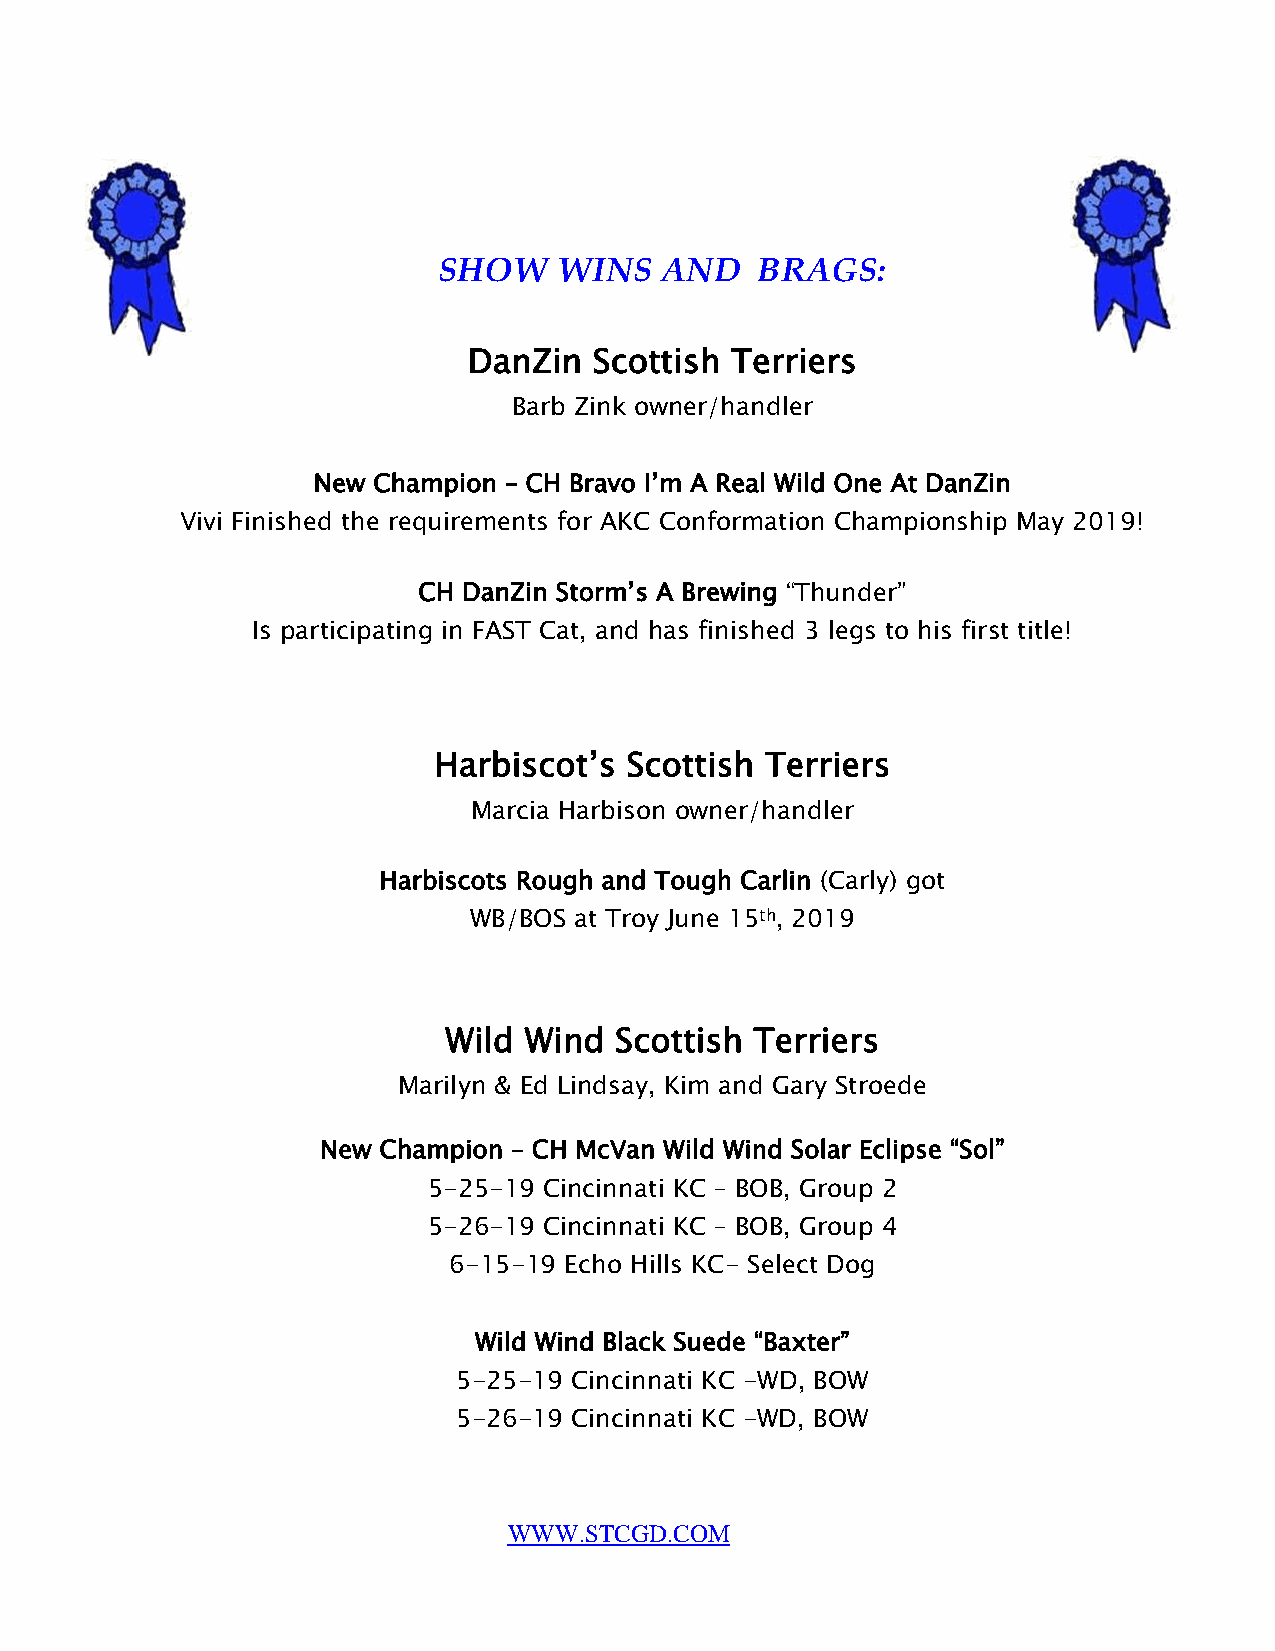
SHOW    WINS   AND   BRAGS:
 DanZin  Scottish Terriers
 Barb Zink owner/handler
 New Champion – CH Bravo I’m A Real Wild One At DanZin
 Vivi Finished the requirements for AKC Conformation Championship May 2019!
 CH DanZin Storm’s A Brewing “Thunder”
 Is participating in FAST Cat, and has finished 3 legs to his first title!
 Harbiscot’s Scottish  Terriers
 Marcia Harbison owner/handler
 Harbiscots Rough and Tough Carlin (Carly) got
 WB/BOS at Troy June 15th, 2019
 Wild  Wind  Scottish Terriers
 Marilyn & Ed Lindsay, Kim and Gary Stroede
 New Champion – CH McVan Wild Wind Solar Eclipse “Sol”
 5-25-19 Cincinnati KC – BOB, Group 2
 5-26-19 Cincinnati KC – BOB, Group 4
 6-15-19 Echo Hills KC- Select Dog
 Wild Wind Black Suede “Baxter”
 5-25-19 Cincinnati KC -WD, BOW
 5-26-19 Cincinnati KC -WD, BOW
 WWW.STCGD.COM